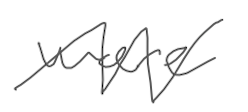
Text: were
Cross-out: zig-zag
Writing tool: digital_gray